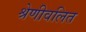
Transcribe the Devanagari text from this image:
श्रेणीवलित